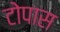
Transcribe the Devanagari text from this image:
टोपास